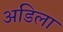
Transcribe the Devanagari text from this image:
अडिला